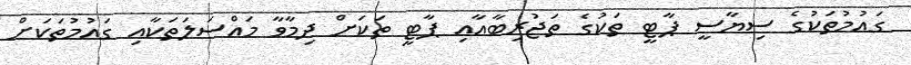
ގައުމުތަކުގެ ސިޔާސީ ޕާޓީ ތަކުގެ ތަޖުރިބާއާއި ޕާޓީ ތަކަށް ދިމާވާ މައްސަލަތަކާއި ގައުމުތަކަށް